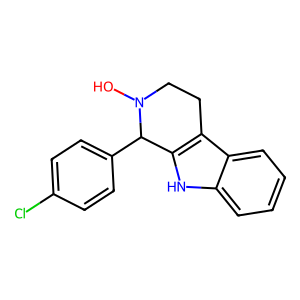
SMILES: ON1CCc2c([nH]c3ccccc23)C1c1ccc(Cl)cc1
Inhibits HIV replication: No